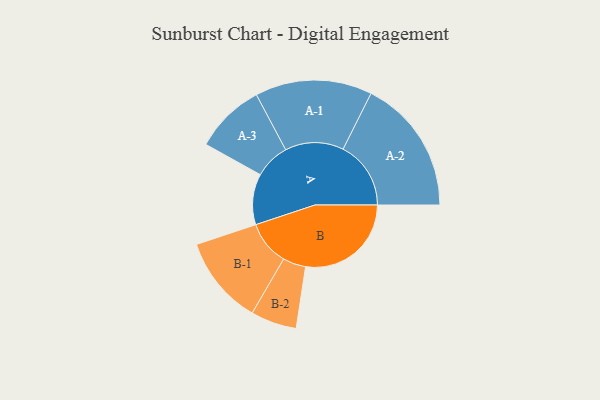
{"axis": {"x": "Segment", "y": "Value"}, "legend": ["", "A", "B"], "data": [{"x": "A", "y": 223, "type": ""}, {"x": "B", "y": 464, "type": ""}, {"x": "A-1", "y": 257, "type": "A"}, {"x": "A-2", "y": 298, "type": "A"}, {"x": "A-3", "y": 155, "type": "A"}, {"x": "B-1", "y": 195, "type": "B"}, {"x": "B-2", "y": 101, "type": "B"}]}